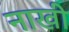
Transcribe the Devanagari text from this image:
नाखी